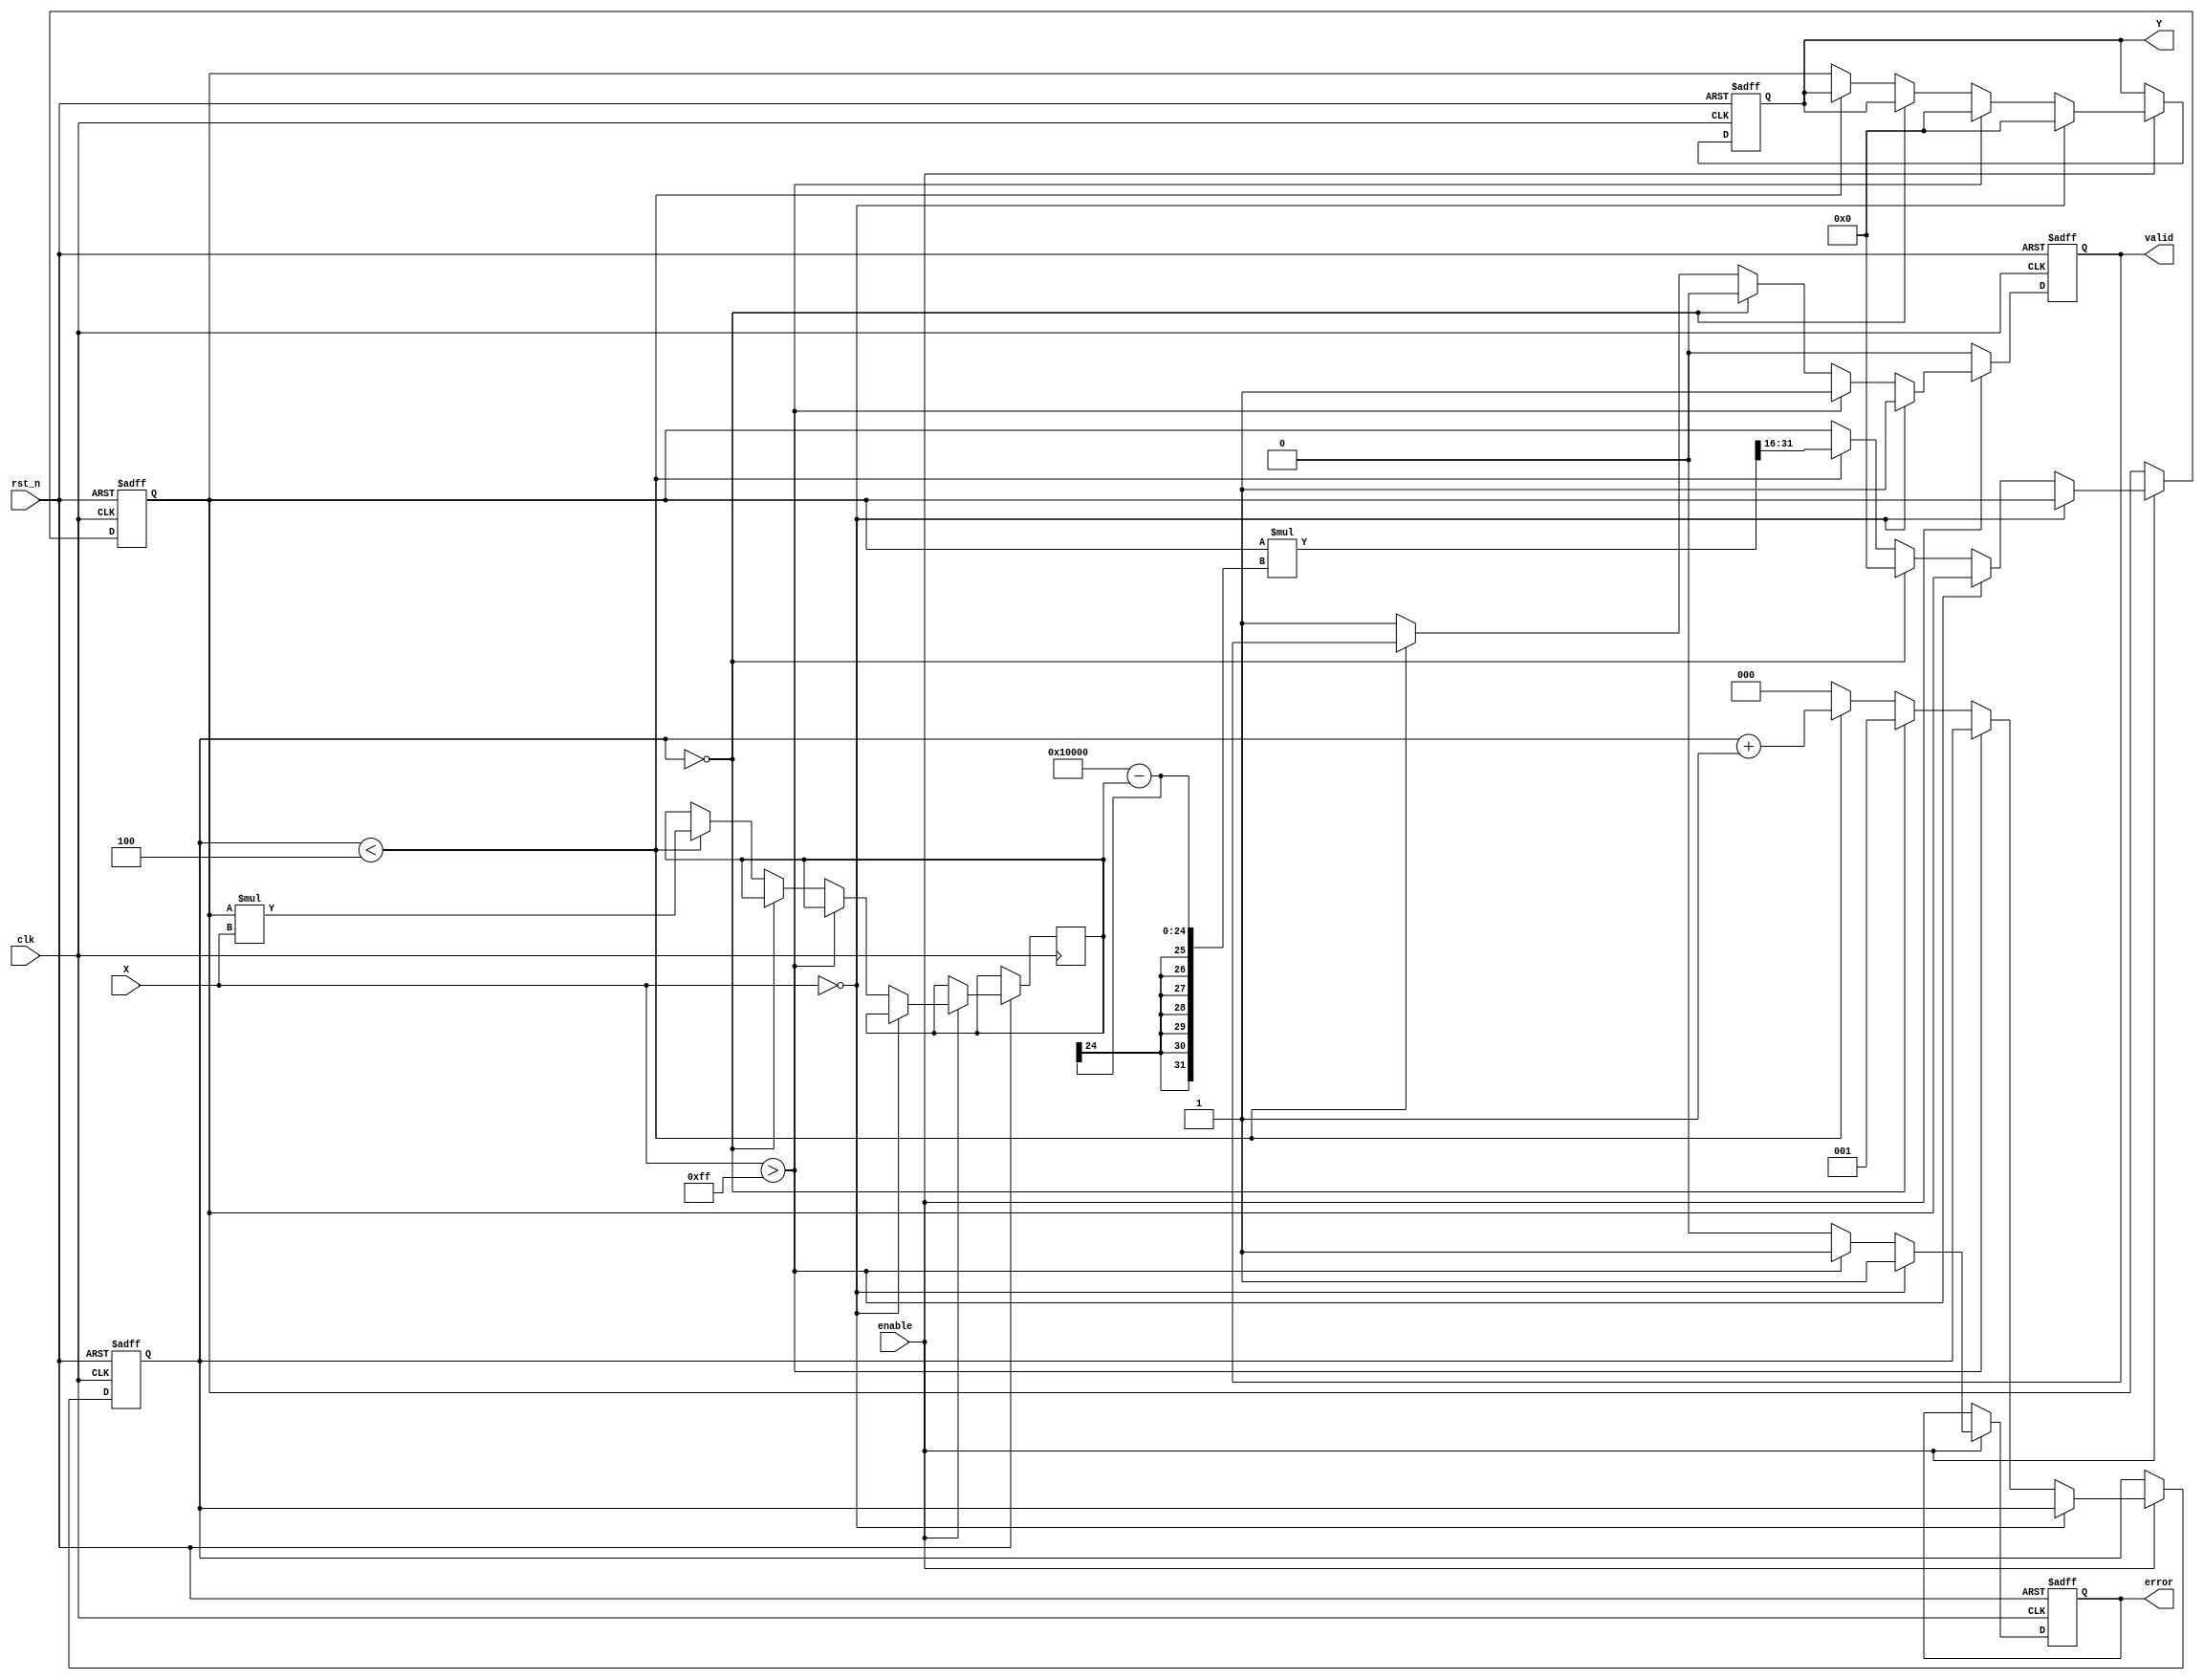
module fixed_point_reciprocal #(
    parameter M = 8, // Integer bits
    parameter N = 8  // Fractional bits
)(
    input wire clk,
    input wire rst_n,        // Active low reset
    input wire enable,       // Enable signal
    input wire [M+N-1:0] X, // Input data (Qm.n)
    output reg [M+N-1:0] Y, // Output data (Qm.n)
    output reg valid,        // Output valid signal
    output reg error         // Error signal for invalid input
);

    // Internal parameters
    localparam MAX_VALUE = (1 << M) - (1 << (M-N)); // Maximum representable value
    localparam MAX_ITERATIONS = 4; // Fixed number of iterations for Newton-Raphson

    // Register to hold intermediate results
    reg [M+N-1:0] approx; // Approximation of reciprocal
    reg [2*M+N-1:0] product; // For multiplication
    reg [2:0] iteration_count; // Iteration counter

    // Sequential logic
    always @(posedge clk or negedge rst_n) begin
        if (!rst_n) begin
            Y <= 0;
            valid <= 0;
            error <= 0;
            approx <= 0;
            iteration_count <= 0;
        end else if (enable) begin
            // Check for error conditions
            if (X == 0) begin
                error <= 1; // Input is zero, set error
                Y <= {M+N{1'b0}}; // Output zero (or could indicate infinity)
                valid <= 1;
            end else if (X > MAX_VALUE) begin
                error <= 1; // Input exceeds max value
                Y <= {M+N{1'b0}}; // Output zero (or could indicate infinity)
                valid <= 1;
            end else begin
                error <= 0; // No error
                if (iteration_count == 0) begin
                    approx <= (1 << (M + N)); // Initial approximation = 1
                    iteration_count <= 1; // Start iterations
                    valid <= 0; // Not valid until calculation is done
                end else if (iteration_count < MAX_ITERATIONS) begin
                    // Newton-Raphson: x_n+1 = x_n * (2 - x_n * X)
                    product <= approx * X; // Multiplication
                    approx <= approx * (2 ** (M + N) - product) >> (M + N); // Update approx
                    iteration_count <= iteration_count + 1; // Increment iteration count
                end else begin
                    // Complete
                    Y <= approx; // Final result
                    valid <= 1; // Valid result
                    iteration_count <= 0; // Reset iterations
                end
            end
        end else begin
            valid <= 0; // If not enabled, output not valid
        end
    end
endmodule